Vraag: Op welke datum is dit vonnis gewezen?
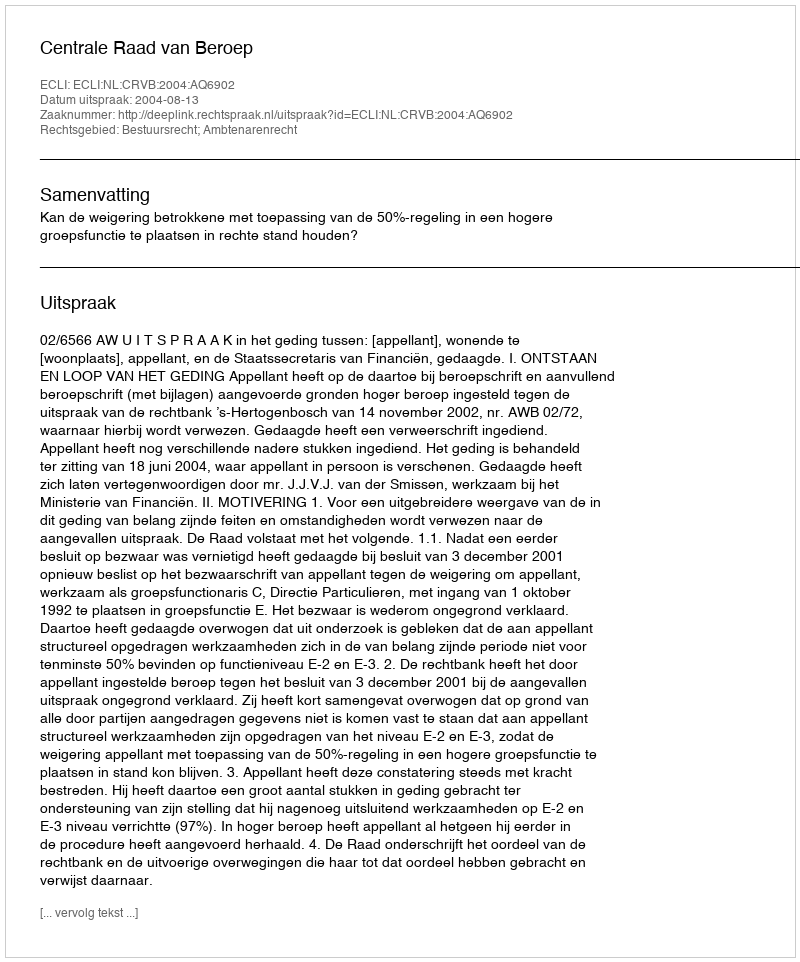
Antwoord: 2004-08-13